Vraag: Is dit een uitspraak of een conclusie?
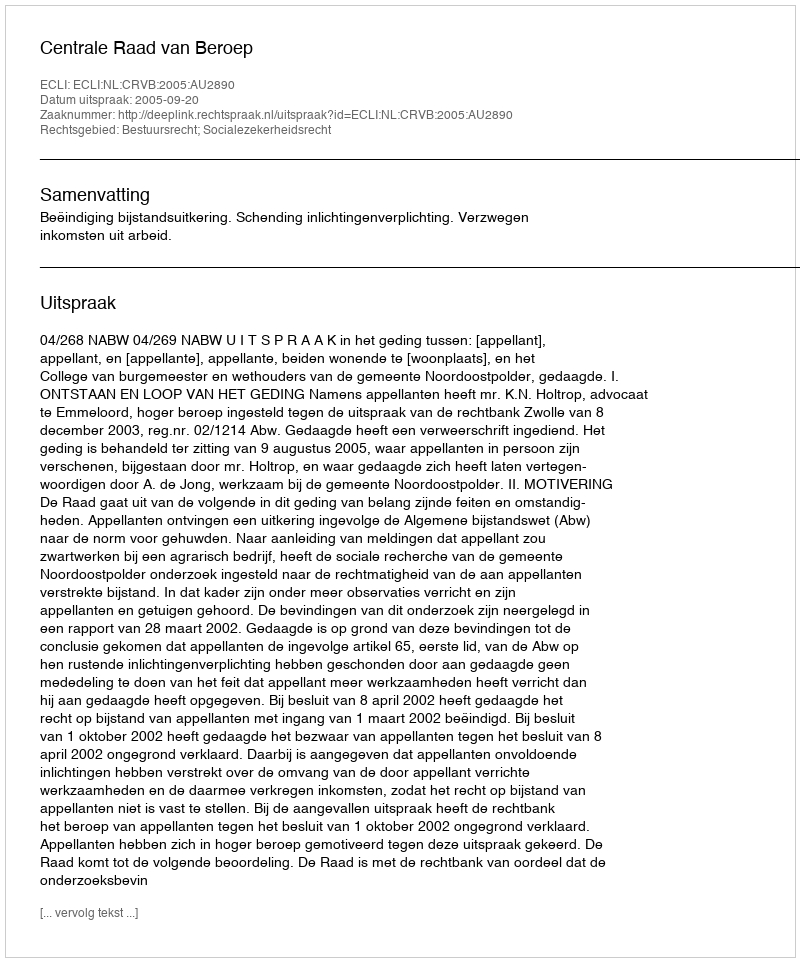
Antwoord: Uitspraak